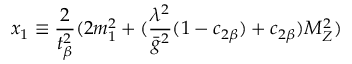
x _ { 1 } \equiv \frac { 2 } { t _ { \beta } ^ { 2 } } ( 2 m _ { 1 } ^ { 2 } + ( \frac { \lambda ^ { 2 } } { \bar { g } ^ { 2 } } ( 1 - c _ { 2 \beta } ) + c _ { 2 \beta } ) M _ { Z } ^ { 2 } )